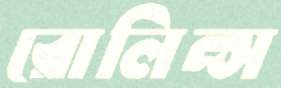
রোলিন্স